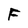
Character: F